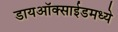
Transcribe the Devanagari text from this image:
डायऑक्साईडमध्ये